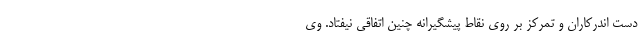
دست اندرکاران و تمرکز بر روی نقاط پیشگیرانه چنین اتفاقی نیفتاد. وی